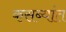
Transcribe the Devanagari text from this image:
कसब्यांत